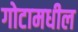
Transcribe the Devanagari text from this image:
गोटामधील